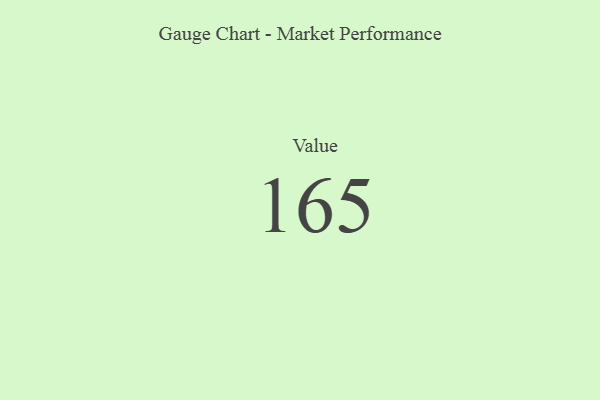
{"axis": {"x": "Metric", "y": "Value"}, "legend": [""], "data": [{"x": "Value", "y": 165, "type": ""}]}